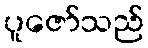
ပူဇော်သည်